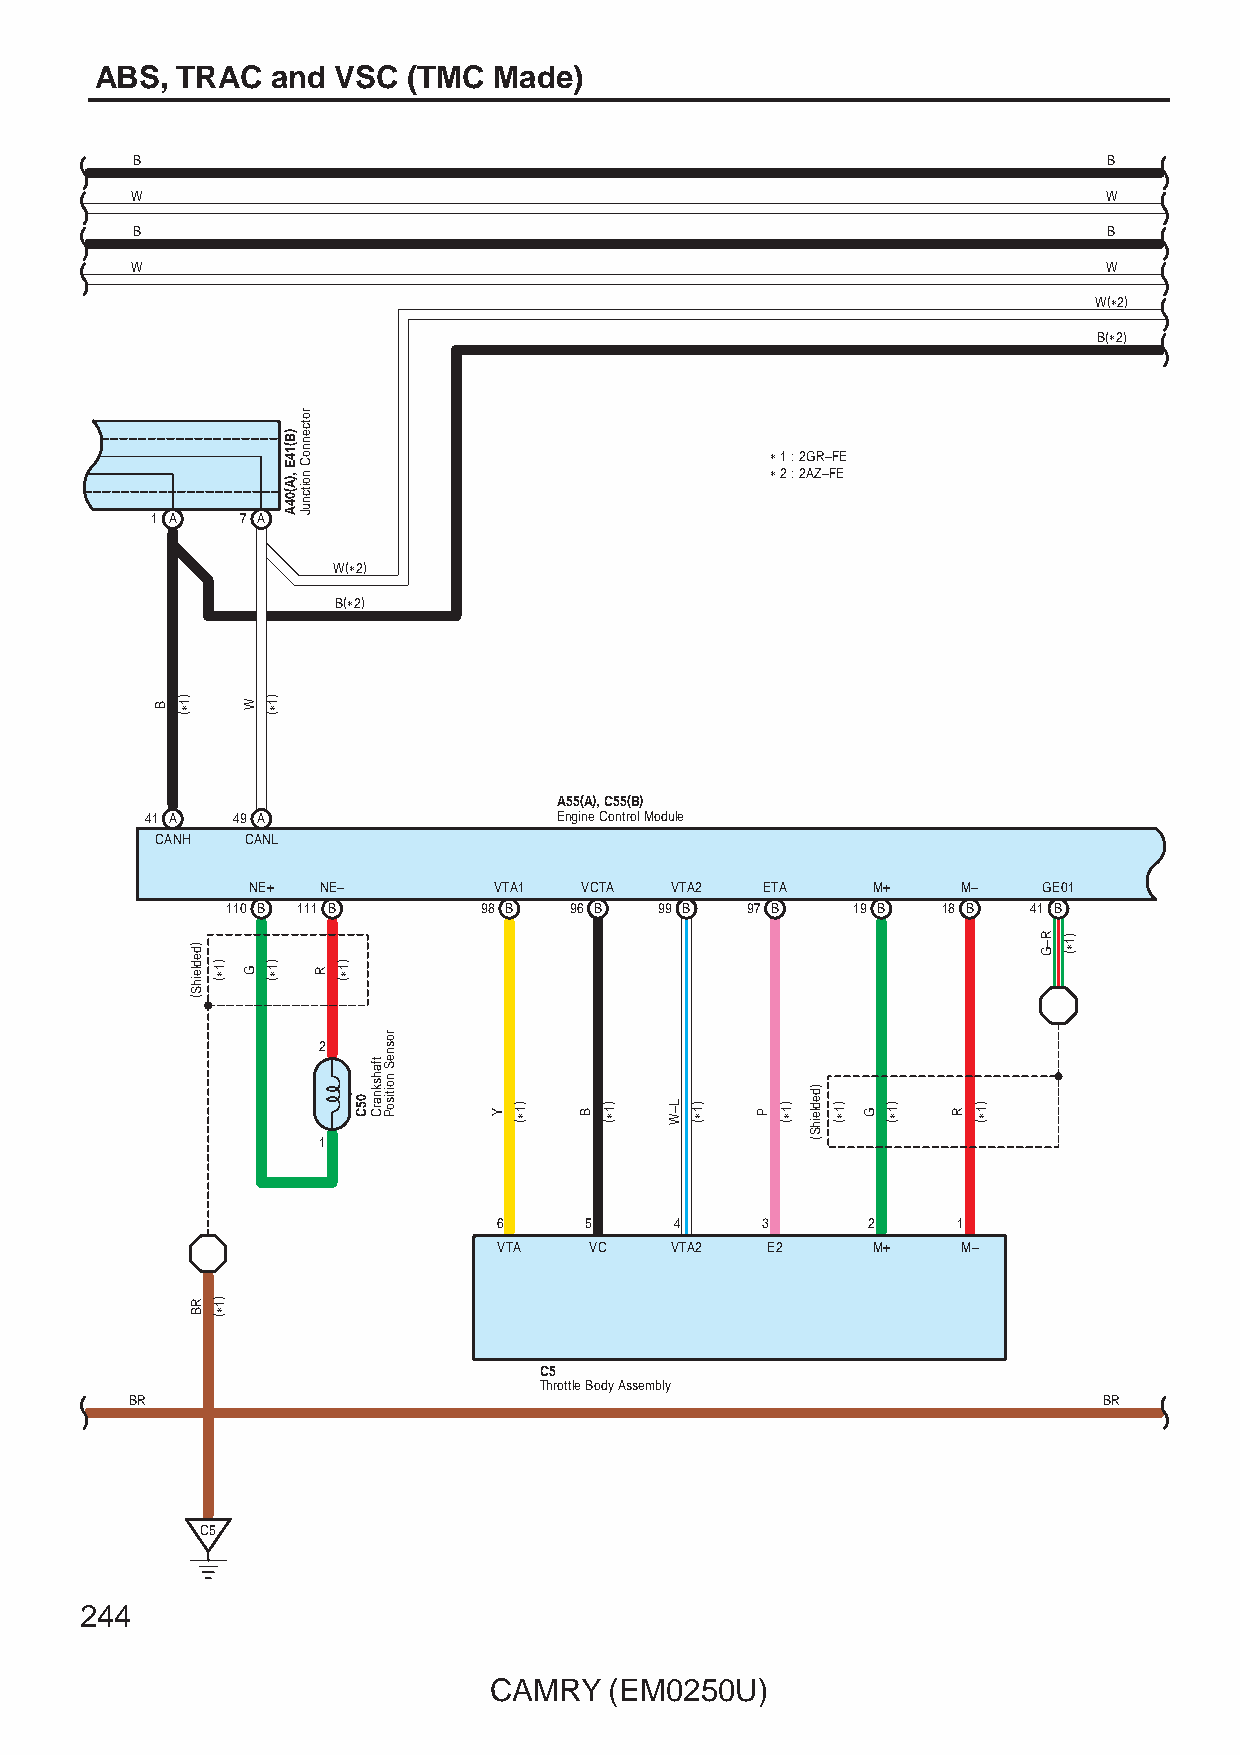
ABS,  TRAC  and VSC  (TMC  Made)
 B                                                               B
 W                                                               W
 B                                                               B
 W                                                               W
 W(∗2)
 B(∗2)
 ∗ 1 : 2GR–FE
 ∗ 2 : 2AZ–FE
 1 A   7 A
 W(∗2)
 B(∗2)
 A55(A), C55(B)
 41 A 49 A                  Engine Control Module
 CANH  CANL
 NE+  NE–         VTA1 VCTA  VTA2   ETA    M+    M–   GE01
 110 B 111 B      98 B  96 B  99 B 97 B   19 B  18 B  41 B
 2
 1
 6     5     4    3      2     1
 VTA   VC   VTA2   E2     M+    M–
 C5
 Throttle Body Assembly
 BR                                                              BR
 C5
 244
 CAMRY   (EM0250U)
 B )1∗(
 )dedleihS(
 RB
 )1∗(
 )1∗(
 W
 G
 )1∗(
 )1∗(
 )B(14E
 ,)A(04A
 rotcennoC
 noitcnuJ
 R
 )1∗(
 05C
 tfahsknarC
 rosneS
 noitisoP
 Y
 )1∗(
 B
 )1∗( L–W )1∗(
 P
 )1∗(
 )dedleihS(
 )1∗(
 G
 )1∗(
 R
 )1∗(
 R–G )1∗(